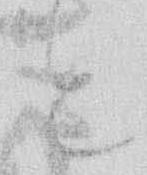
と